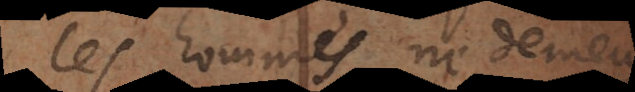
les hommes ne demeurent